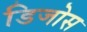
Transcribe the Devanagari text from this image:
डिजोस